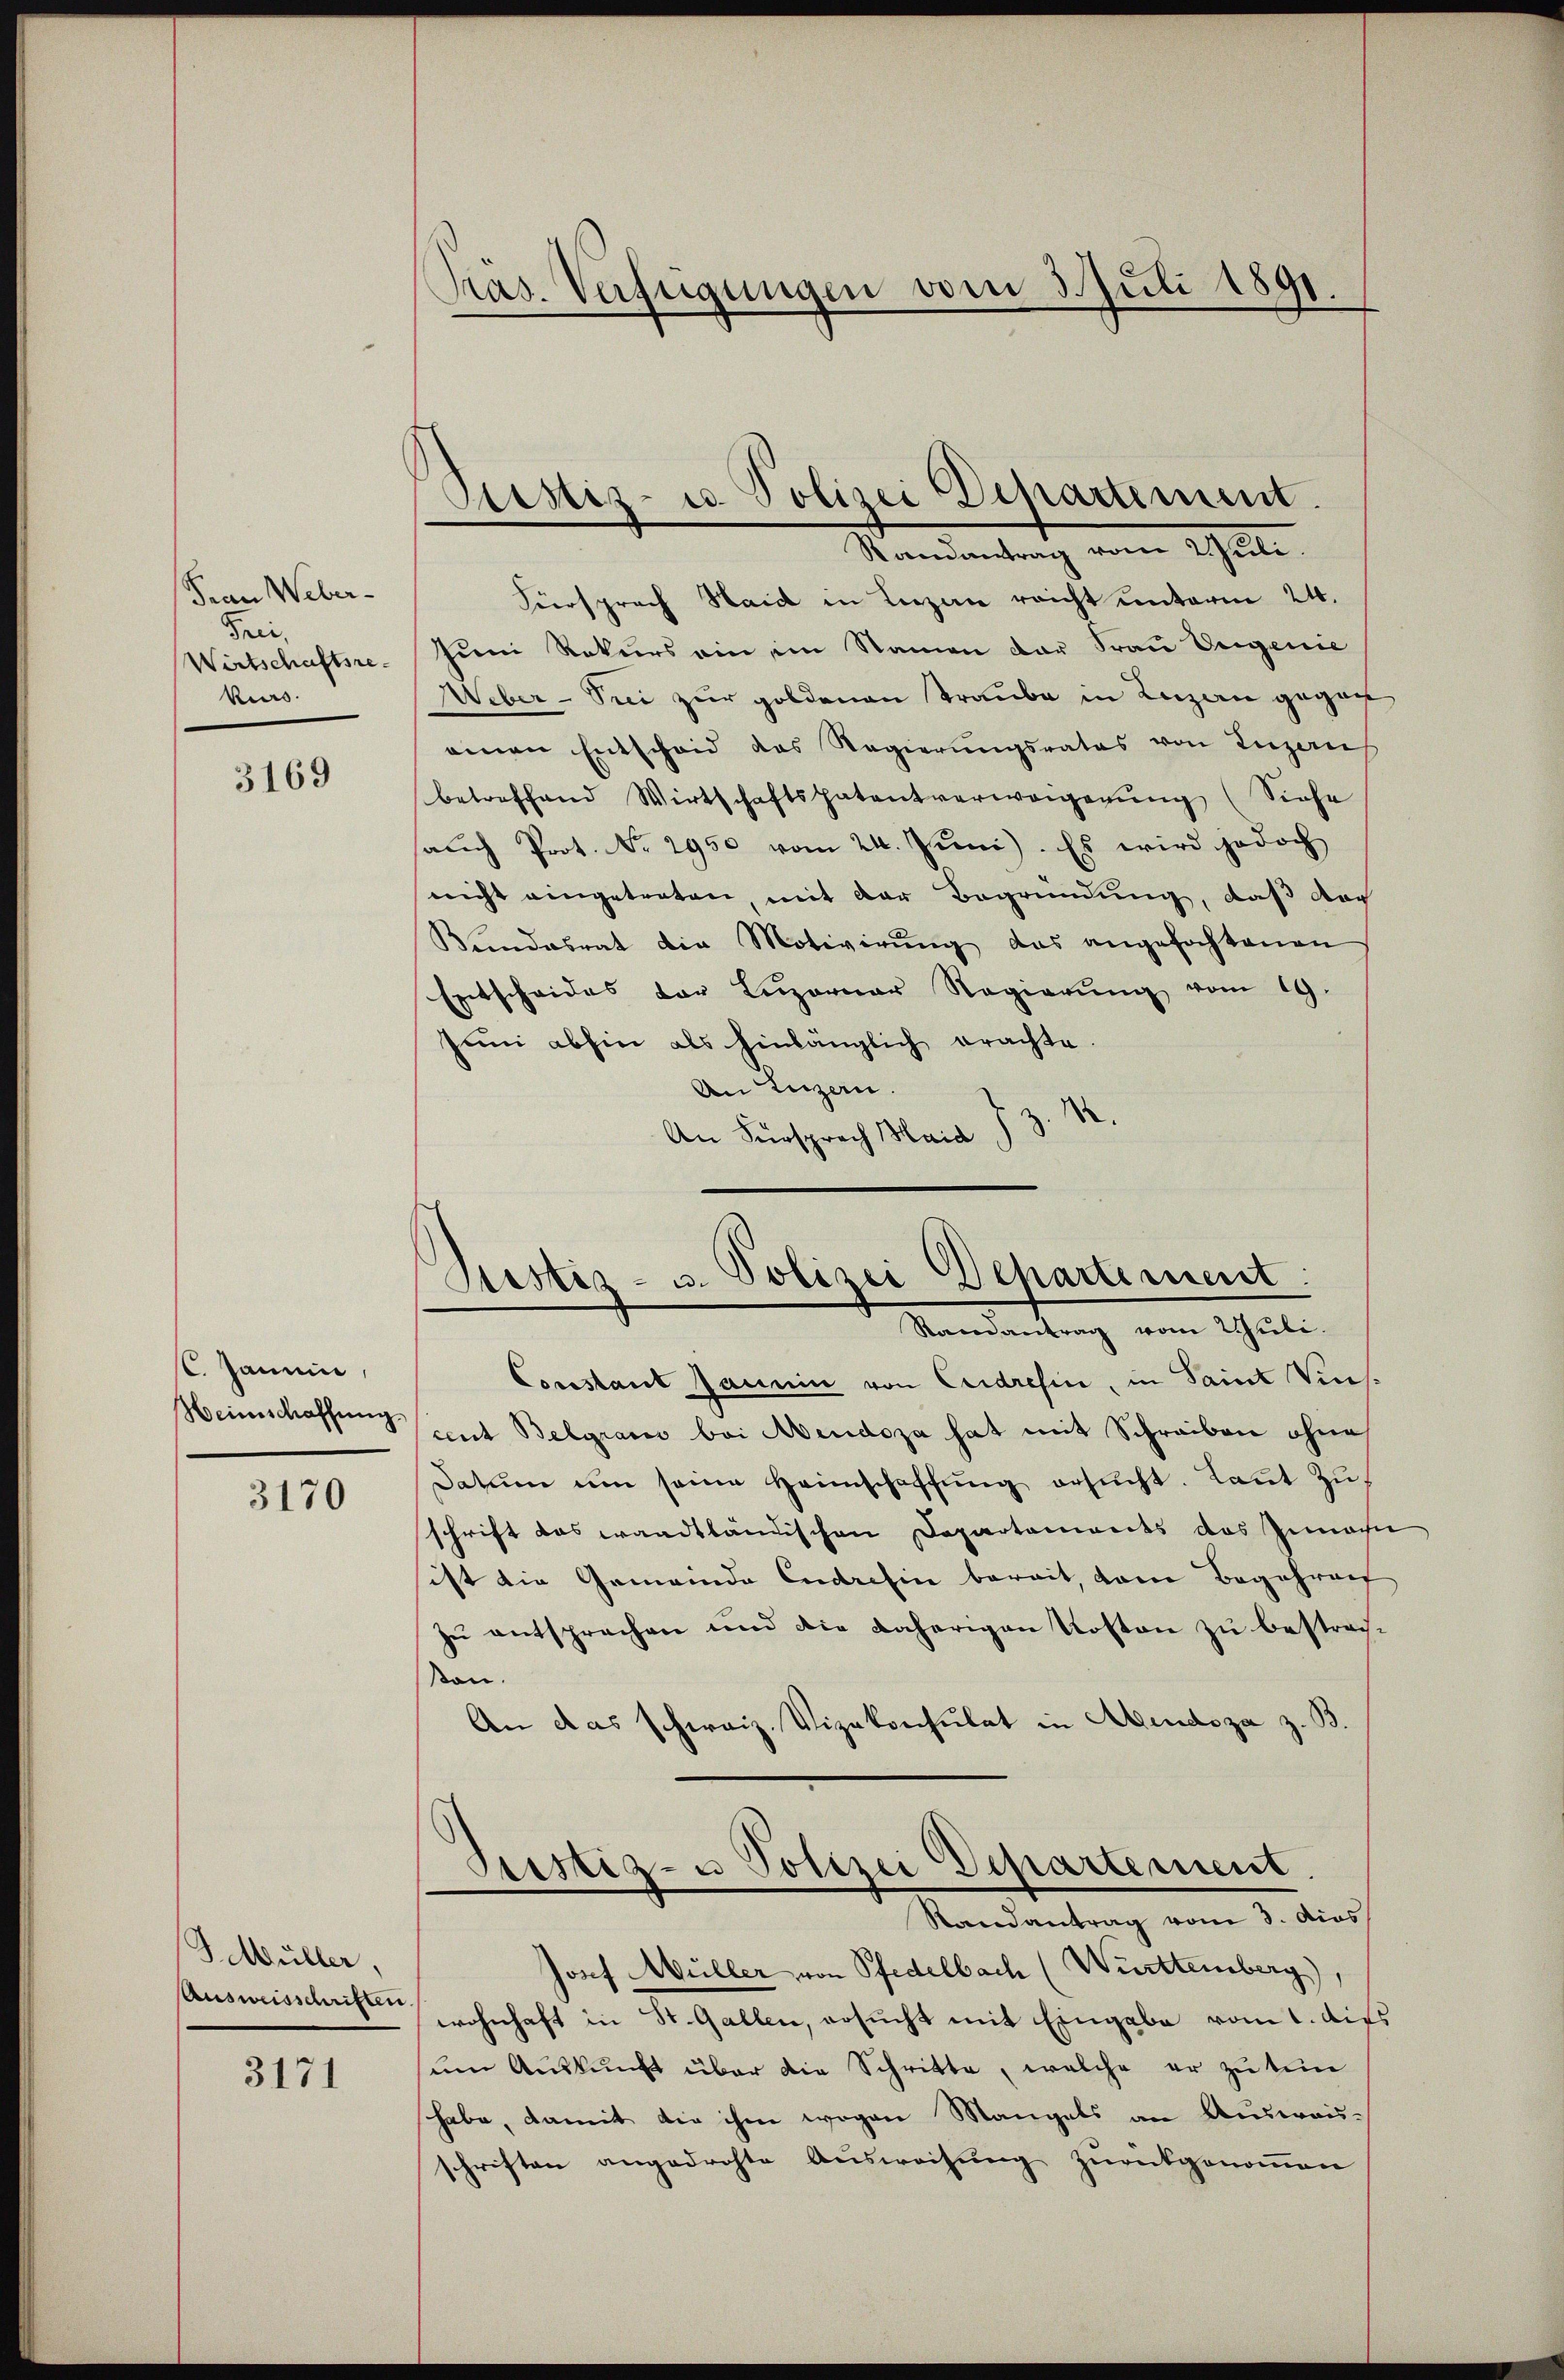
Frau Weber-
Frei¬
Wirtschaftsre
kurs.

3169

C. Janein,
Heimschaffung.

3170

S Müller,
Ausweisschriften.

3171

Präs. Verfügungen vom 3. Juli 1891.

Namentrag vom 1sten
Fürsprach Haid in Lizen reicht unterm 24.
Jum Rekurs ein im Namen der Frau Vergenie
Weber - Prei zur goldenen Traube in Luzern gegen
einen Entscheid das Regierŭngsrates von Luzern
betreffend Wirtschaftspatentverweigerŭng (Siehe
saŭch Prot. No. 2950 vom 24. Juni. Es wird jedoch
nicht eingetreten, mit der Begründung, daß doch
Kundesrat die Motivirŭng das angefochtenen
Entscheides der Lŭzerner Regierŭng vom 19.
Juni abhin als hinlänglich erachte.
An Luzern.
An Fürsprech Maria J 3

Justiz- u. Polizei Departemum.

Justiz- u. Polizei Departement:
Randantrag vom Juli.

Constant Jannin von Cedresin, in Saint Vins.
cent Belgrais bei Abendoza hat mit Schreiben ohne
Datum um seine Heimschaffŭng ersŭcht. Laŭt Zŭ-
schrift das waadtländischen Departements das Zunäch
ist die Gemeinde Cadresin bereit, dem Begehren
zu entsprechen und die daherigen Kosten zu bestrachkon.
An das schweiz. Vizekonsulat in Abendoza z.
Justiz- u Polizei Departement.
Randantrag vom 3. dies
Josef Müller von Pfedelbach (Württemberg),
wohnhaft in St. Gallen, ersucht mit Eingabe vom 1. dies
ŭm Aŭskŭnft über die Schritte, welche er zu tun
habe, damit die ihm wegen Mangels an Auswanschriften angedrohte Ausweisung zurückgenommen